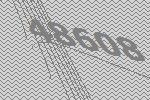
48608